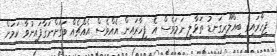
ފިހާރައިގެ ބިއްލޫރިގަނޑު ތަޅާލި ނަމަވެސް އެ ފިހާރައިން އެއްވެސް އެއްޗެއް ވަގަށްނަގާފައިނުވާ ކަމަށް